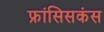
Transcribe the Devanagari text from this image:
फ्रांसिसकंस